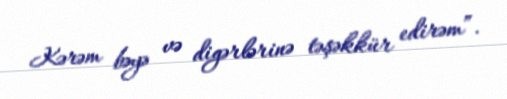
Kərəm bəyə və digərlərinə təşəkkür edirəm”.